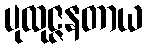
ပုထုဇ္ဇနတာယ